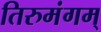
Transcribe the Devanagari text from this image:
तिरुमंगम्‌